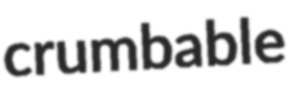
crumbable